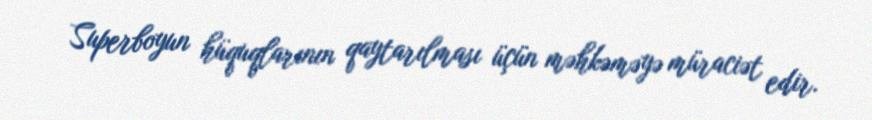
Superboyun hüquqlarının qaytarılması üçün məhkəməyə müraciət edir.